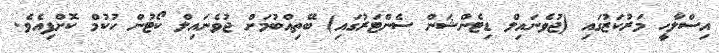
އިސްލާހީ މަރުކަޒުގައި (ޖުވެނައިލް ޑިޓެންޝަން ސެންޓަރުގައި) ބޭތިއްބުމަށް ޖުވެނައިލް ކޯޓުން ހުކުމް ކޮށްފިއެވެ.